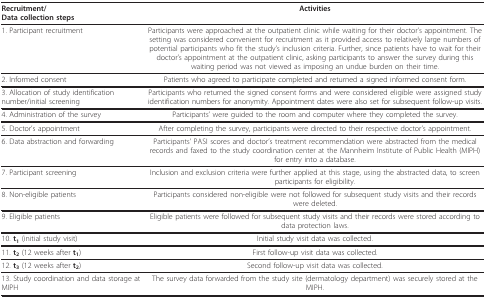
<table><thead><tr><td><b>Recruitment/Data collection steps</b></td><td><b>Activities</b></td></tr></thead><tbody><tr><td>1. Participant recruitment</td><td>Participants were approached at the outpatient clinic while waiting for their doctor&#x27;s appointment. The setting was considered convenient for recruitment as it provided access to relatively large numbers of potential participants who fit the study&#x27;s inclusion criteria. Further, since patients have to wait for their doctor&#x27;s appointment at the outpatient clinic, asking participants to answer the survey during this waiting period was not viewed as imposing an undue burden on their time.</td></tr><tr><td>2. Informed consent</td><td>Patients who agreed to participate completed and returned a signed informed consent form.</td></tr><tr><td>3. Allocation of study identification number/initial screening</td><td>Participants who returned the signed consent forms and were considered eligible were assigned study identification numbers for anonymity. Appointment dates were also set for subsequent follow-up visits.</td></tr><tr><td>4. Administration of the survey</td><td>Participants&#x27; were guided to the room and computer where they completed the survey.</td></tr><tr><td>5. Doctor&#x27;s appointment</td><td>After completing the survey, participants were directed to their respective doctor&#x27;s appointment.</td></tr><tr><td>6. Data abstraction and forwarding</td><td>Participants&#x27; PASI scores and doctor&#x27;s treatment recommendation were abstracted from the medical records and faxed to the study coordination center at the Mannheim Institute of Public Health (MIPH) for entry into a database.</td></tr><tr><td>7. Participant screening</td><td>Inclusion and exclusion criteria were further applied at this stage, using the abstracted data, to screen participants for eligibility.</td></tr><tr><td>8. Non-eligible patients</td><td>Participants considered non-eligible were not followed for subsequent study visits and their records were deleted.</td></tr><tr><td>9. Eligible patients</td><td>Eligible patients were followed for subsequent study visits and their records were stored according to data protection laws.</td></tr><tr><td>10. <b>t<sub>1 </sub></b>(initial study visit)</td><td>Initial study visit data was collected.</td></tr><tr><td>11. <b>t<sub>2 </sub></b>(12 weeks after <b>t<sub>1</sub></b>)</td><td>First follow-up visit data was collected.</td></tr><tr><td>12. <b>t<sub>3 </sub></b>(12 weeks after <b>t<sub>2</sub></b>)</td><td>Second follow-up visit data was collected.</td></tr><tr><td>13. Study coordination and data storage at MIPH</td><td>The survey data forwarded from the study site (dermatology department) was securely stored at the MIPH.</td></tr></tbody></table>